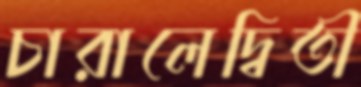
চারালেদ্বিতী